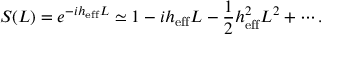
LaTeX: S ( L ) = e ^ { - i h _ { \mathrm { e f f } } L } \simeq 1 - i h _ { \mathrm { e f f } } L - { \frac { 1 } { 2 } } h _ { \mathrm { e f f } } ^ { 2 } L ^ { 2 } + \cdots .